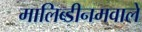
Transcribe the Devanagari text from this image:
मालिब्डीनमवाले